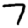
Digit: 7